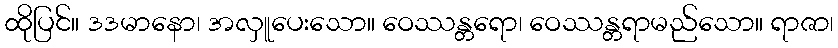
ထိုပြင်။ ဒဒမာနော၊ အလှူပေးသော။ ဝေဿန္တရော၊ ဝေဿန္တရာမည်သော။ ရာဇာ၊